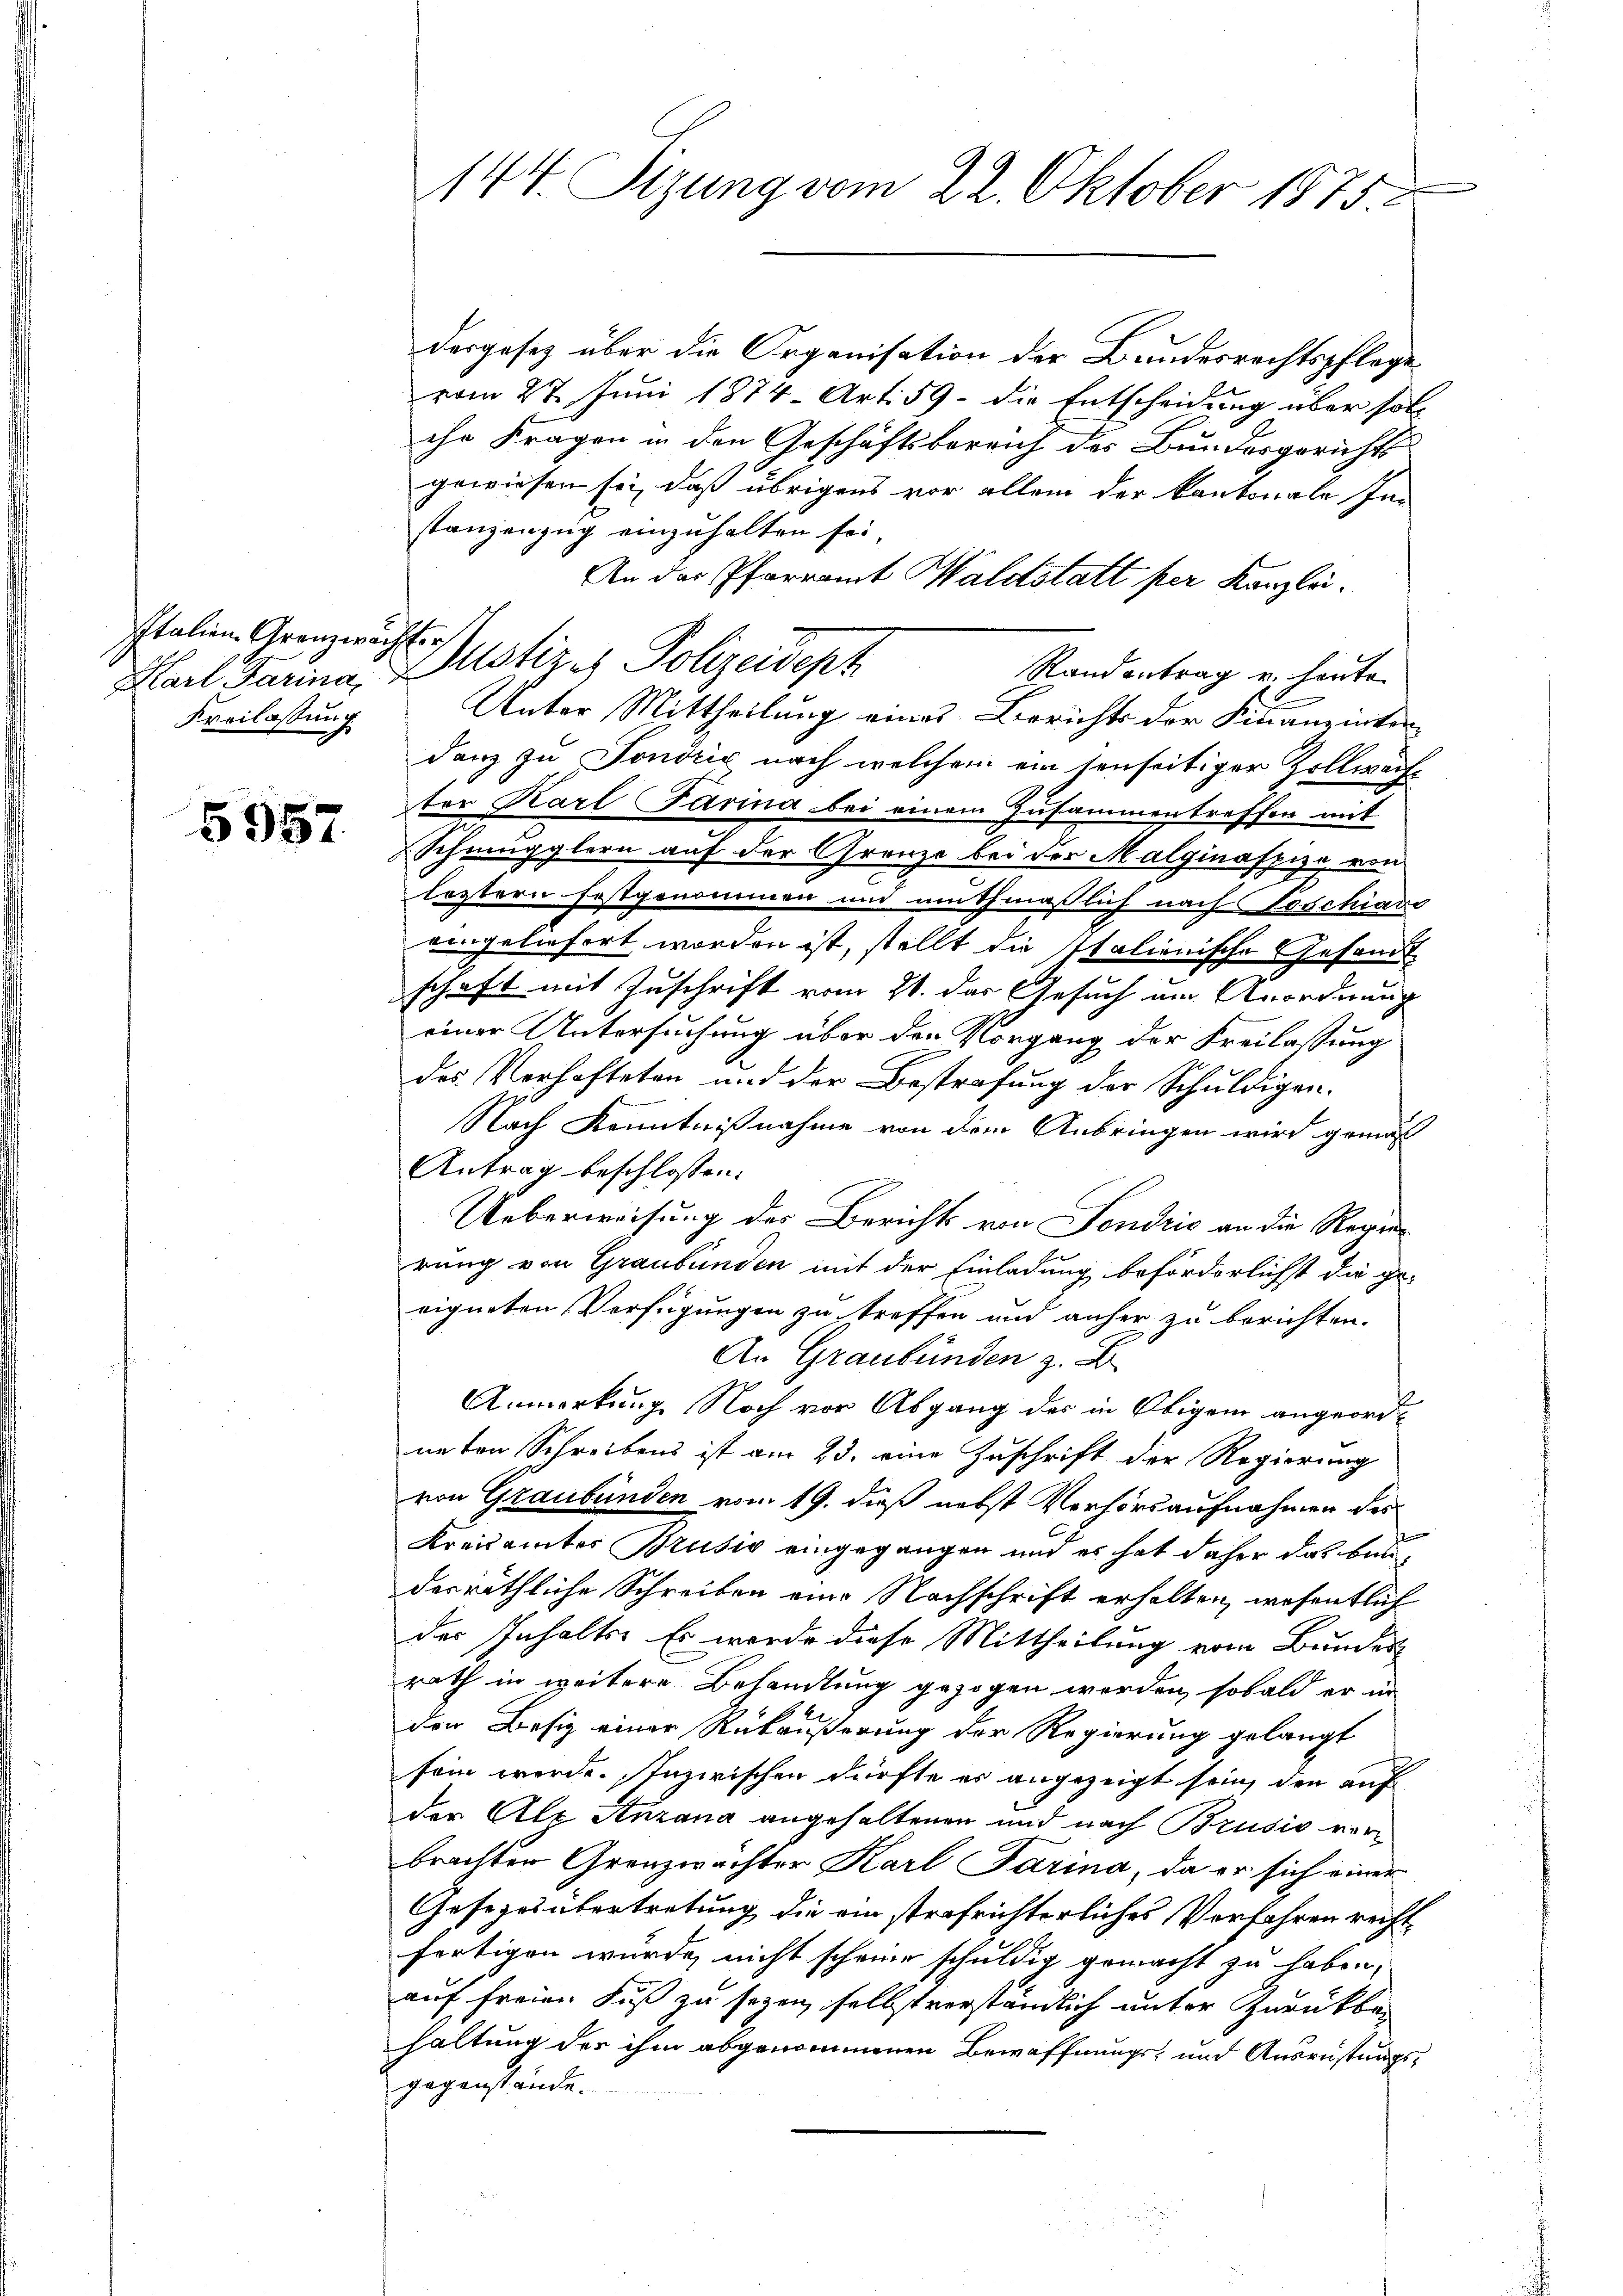
Italien Grenzwachster.
Freilassung

5957

dergesetz über die Organisation der Bundesrechtspflege
vom 27. Juni 1874 Art. 59 - die Entscheidung über solihr Fragen in den Geschäftsbereich des Bundesgerichts
gewiesen sei, daß übrigens vor allem der Kantonale Instanzenzug einzuhalten sei,
An der Pfarramt Waldstatt per Kanzlei.
Randantrag u. heute
Unter Mittheilung eines Berichts der Finanzinterdanz zu Fondrig nach welchem ein senseitiger Zollwachter Karl Parina bei einem Zusammentreffen mit
Schmugglern auf der Grenze bei der Malginaspize von
leztern festgenommen und muthmaßlich nach Toschiano
eingeliefert worden ist, stellt die Italienische Gesandtschaft mit Zuschrift vom 21. das Gesuch um Anordnung
einer Untersuchung über den Vorgang der Freilassung
des Verhafteten und der Bestrafung der Schuldigen.
Nach Kenntnißnahme von dem Anbringen wird gemäß
Antrag beschlossen:
Ueberweisung des Berichts von Fondris an die Regen-
rung von Graubünden mit der Einladung beförderlichst die ge-
eigneten Verfügungen zu treffen und anher zu berichten.
An Graubünden z. B.
Anmerkung Noch vor Abgang des in Obigem angeordneten Schreibens ist am 23. eine Zuschrift der Regierung
von Graubünden vom 19. dieß nebst Verhörsaufnahmen des
Kreisämter Brusio eingegangen und es hat daher das bauderräthliche Schreiben eine Nachschrift erhalten, wesentlich
der Inhalts. Er wurde diese Mittheilung vom Bunder
rath in weitere Behandlung gezogen werden, sobald er in
der Besiz einer Rückäußerung der Regierung gelangt
sein werde. Inzwischen dürfte es angezeigt sein, den auf
der Alp Anzana angehaltenen und nach Brusis verbrachter Grenzwachter Karl Parina, da er sich einer
Gesezesübertretung die ein strafrichterliches Verfahren recht
fertigen wurde, nicht scheine schuldig gemacht zu haben,
auf freien Fuß zu seyen, selbst verständlich unter Zurückbehaltung der ihm abgenommenen Bewaffnungs- und Ausrüstungsgegenstände.

144. Sizung vom 22. Oktober 1875.

Harl Parina, Zustiz & Polizeidept